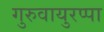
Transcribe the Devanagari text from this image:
गुरुवायुरप्पा